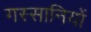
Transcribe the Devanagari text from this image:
गस्सानियों